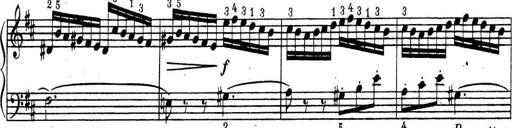
Title: ÄŒeskÃ© Sonatiny
Composer: Various